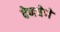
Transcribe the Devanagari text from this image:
देणघेणे